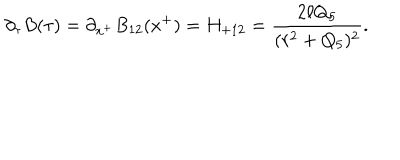
LaTeX: \partial _ { \tau } B ( \tau ) = \partial _ { x ^ { + } } B _ { 1 2 } ( x ^ { + } ) = H _ { + 1 2 } = { \frac { 2 \ell Q _ { 5 } } { ( r ^ { 2 } + Q _ { 5 } ) ^ { 2 } } } .